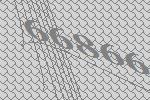
66866